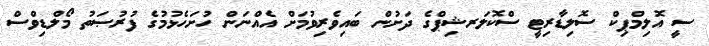
ސީ އޮލިމްޕިކް ސޮލިޑާރިޓީ ސްކޮލަރޝިޕްގެ ދަށުން ބައިވެރިވުމަށް އެއްނަން ހުށަހެޅުމުގެ ފުރުޞަތު މޯލްޑިވްސް